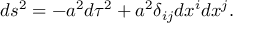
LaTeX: d s ^ { 2 } = - a ^ { 2 } d \tau ^ { 2 } + a ^ { 2 } \delta _ { i j } d x ^ { i } d x ^ { j } .